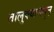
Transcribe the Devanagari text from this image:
तालुक्यामधुन्